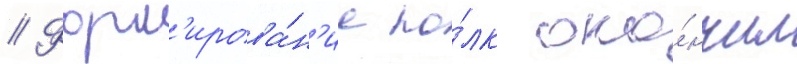
// Форм'ирова́н'ие по́лк око́нчил